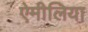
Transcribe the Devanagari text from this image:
ऐमीलिया